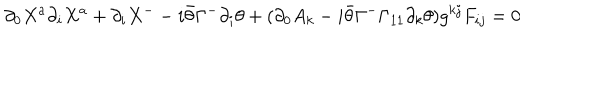
\partial _ { 0 } X ^ { a } \partial _ { i } X ^ { a } + \partial _ { i } X ^ { - } - i \bar { \theta } \Gamma ^ { - } \partial _ { i } \theta + ( \partial _ { 0 } A _ { k } - i \bar { \theta } \Gamma ^ { - } \Gamma _ { 1 1 } \partial _ { k } \theta ) g ^ { k j } F _ { i j } = 0